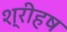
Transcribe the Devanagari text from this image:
श्रीहष